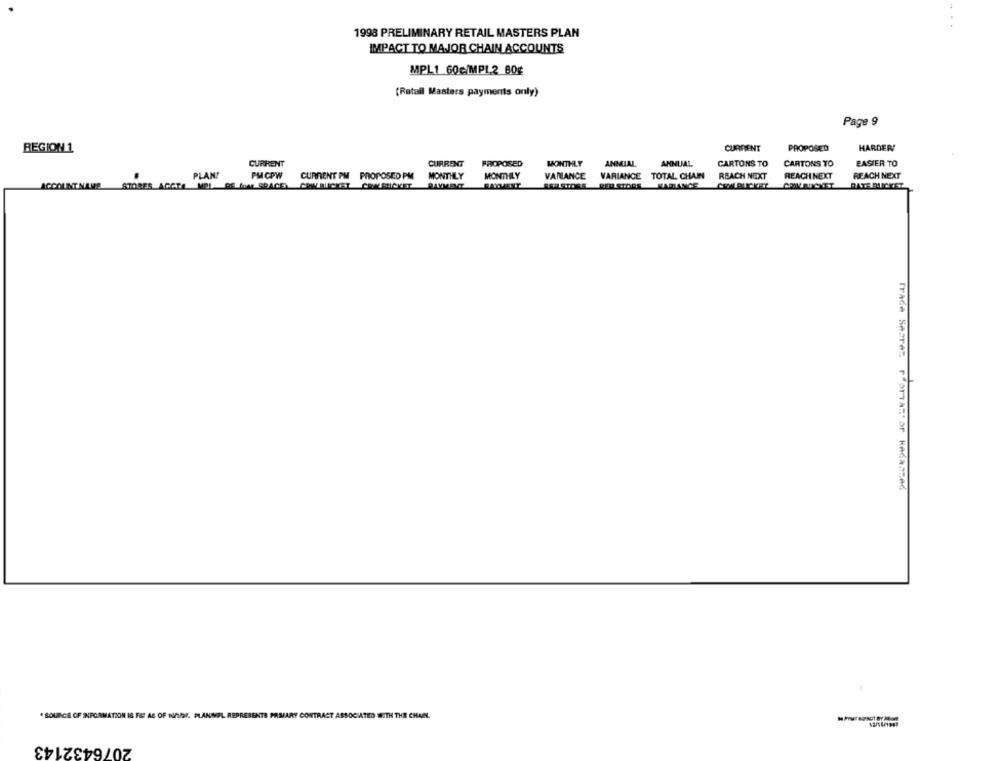
1998 PRELIMINARY RETAIL MASTERS PLAN
IMPACT TO MAJOR CHAIN ACCOUNTS
MPL1 60c/MPL2 80g
(Ratall Masters payments only)
Page 9
REGION 1
CURRENT
PROPOSED
HARDERS
CURRENT
CURRENT
PROPOSED
MONTHLY
ANMIAL
ANNUAL
CARTONS TO
CARTONS TO
EASIER TO
PLAN!
PMCPW
CURRENT PM PROPOSED PM
MONTHLY
MONTHLY
VARIANCE VARIANCE TOTAL CHAIN
REACH NEXT
REACH NEXT
REACH NEXT
CCOUNTNAVS STORES AGCTE MPL. BE foer GRACE) CRWETICKET CRONSTICKET PAYMENT
PAYMENT
SER STORE RED STORS VARIANCE
Trade Secret. r OTTA='or KAGA3500
* SOURCE OF INFORMATION IS FA AE OF 10/Gr. PLANMEL
ENTE PRIMARY CONTRACT ASSOCIATED WITH THE CHAIN.
2076432143